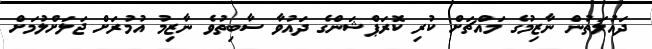
ދައުލަތުން ނާޒިމުގެ މައްޗަށް ކުރި ކޮރަޕްޝަންގެ ދައުވާ ސާބިތުވެ ނާޒިމު އުމުރަށް ޖަލަށްލުމަށް